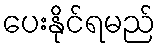
ပေးနိုင်ရမည်